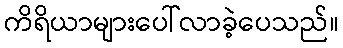
ကိရိယာများပေါ်လာခဲ့ပေသည်။